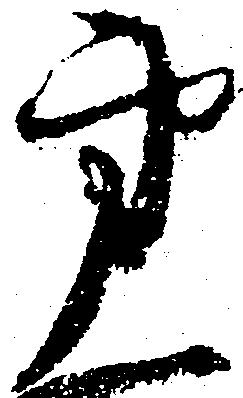
第